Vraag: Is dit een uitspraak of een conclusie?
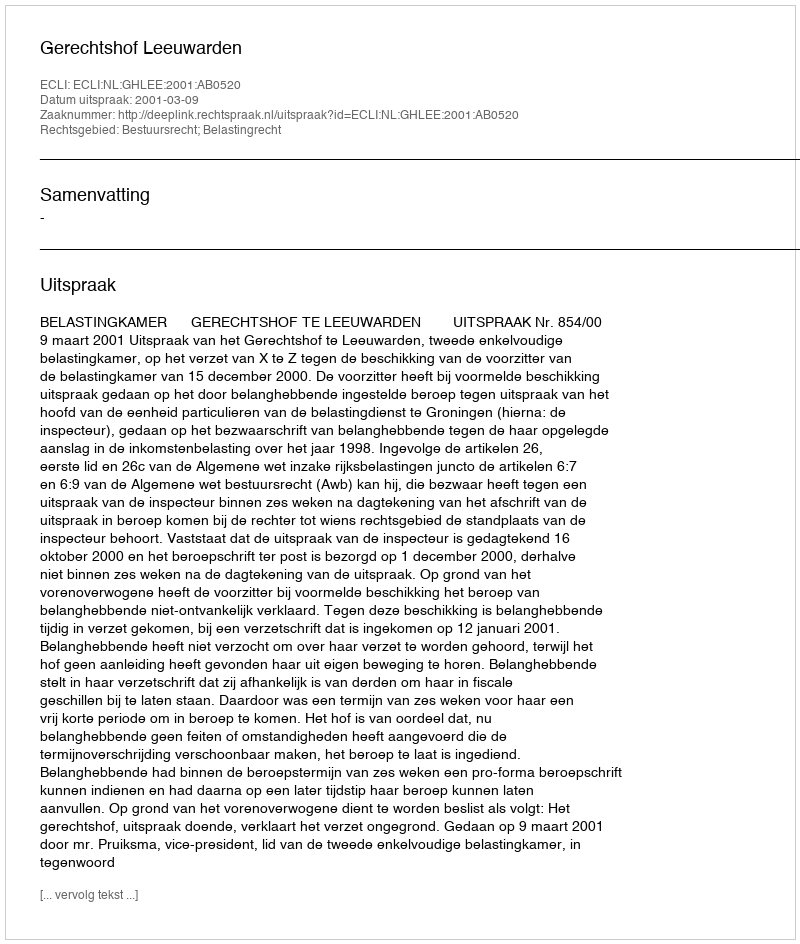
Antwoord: Uitspraak